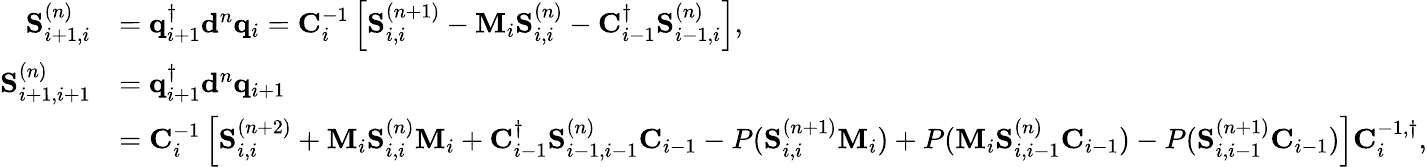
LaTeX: \begin{array}{rl}{\mathbf{S}_{i+1,i}^{(n)}}&{=\mathbf{q}_{i+1}^{\dagger}\mathbf{d}^{n}\mathbf{q}_{i}=\mathbf{C}_{i}^{-1}\left[\mathbf{S}_{i,i}^{(n+1)}-\mathbf{M}_{i}\mathbf{S}_{i,i}^{(n)}-\mathbf{C}_{i-1}^{\dagger}\mathbf{S}_{i-1,i}^{(n)}\right],}\\ {\mathbf{S}_{i+1,i+1}^{(n)}}&{=\mathbf{q}_{i+1}^{\dagger}\mathbf{d}^{n}\mathbf{q}_{i+1}}\\ &{=\mathbf{C}_{i}^{-1}\left[\mathbf{S}_{i,i}^{(n+2)}+\mathbf{M}_{i}\mathbf{S}_{i,i}^{(n)}\mathbf{M}_{i}+\mathbf{C}_{i-1}^{\dagger}\mathbf{S}_{i-1,i-1}^{(n)}\mathbf{C}_{i-1}-P(\mathbf{S}_{i,i}^{(n+1)}\mathbf{M}_{i})+P(\mathbf{M}_{i}\mathbf{S}_{i,i-1}^{(n)}\mathbf{C}_{i-1})-P(\mathbf{S}_{i,i-1}^{(n+1)}\mathbf{C}_{i-1})\right]\mathbf{C}_{i}^{-1,\dagger},}\end{array}